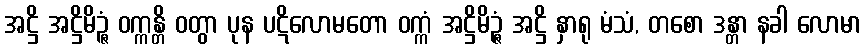
အဋ္ဌိ အဋ္ဌိမိဉ္ဇံ ဝက္ကန္တိ ဝတွာ ပုန ပဋိလောမတော ဝက္ကံ အဋ္ဌိမိဉ္ဇံ အဋ္ဌိ နှာရု မံသံ, တစော ဒန္တာ နခါ လောမာ